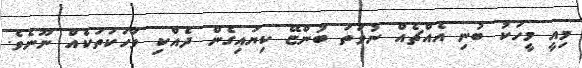
މިއީ މީހަކު ބުނި އެއްޗެއް ނުވަތަ ބުންޏޭ ކިޔައިގެން ދެއްކި ވާހަކަތަކެއް ނޫނެވެ.